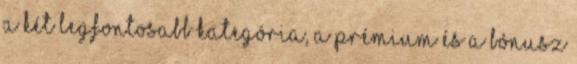
a két legfontosabb kategória, a Prémium és a Bónusz